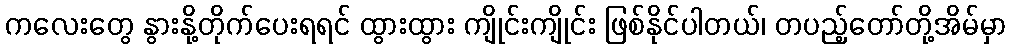
ကလေးတွေ နွားနို့တိုက်ပေးရရင် ထွားထွား ကျိုင်းကျိုင်း ဖြစ်နိုင်ပါတယ်၊ တပည့်တော်တို့အိမ်မှာ